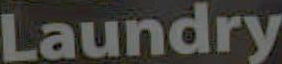
Laundry